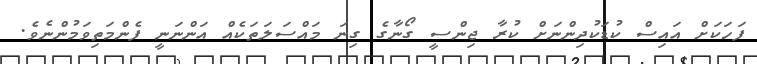
ފަހަކަށް އައިސް ކުޑަކުދިންނަށް ކުރާ ޖިންސީ ގޯނާގެ ގިނަ މައްސަލަތަކެއް އަންނަނީ ފެންމަތިވަމުންނެވެ.